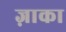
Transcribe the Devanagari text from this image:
ज़ाका